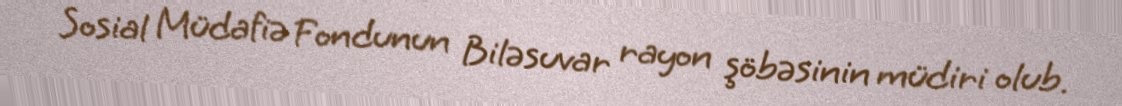
Sosial Müdafiə Fondunun Biləsuvar rayon şöbəsinin müdiri olub.